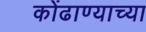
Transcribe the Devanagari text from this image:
कोंढाण्याच्या